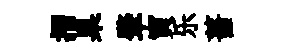
摺臬肇寅乐薔